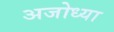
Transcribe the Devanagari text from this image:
अजोध्या